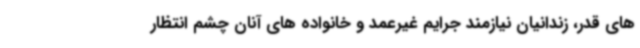
های قدر، زندانیان نیازمند جرایم غیرعمد و خانواده های آنان چشم انتظار